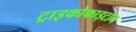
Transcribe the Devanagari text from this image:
ट्राइकोफाइटॉन